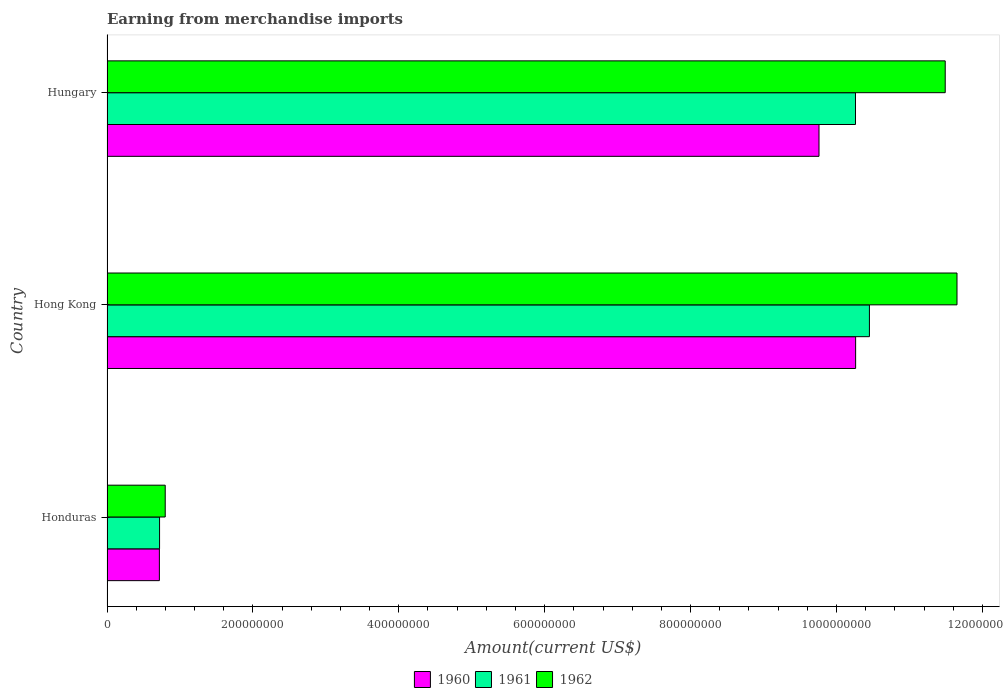
| Country | 1960 | 1961 | 1962 |
 | --- | --- | --- | --- |
 | Honduras | 7.18e+07 | 7.20e+07 | 7.98e+07 |
 | Hong Kong | 1.03e+09 | 1.05e+09 | 1.17e+09 |
 | Hungary | 9.76e+08 | 1.03e+09 | 1.15e+09 |